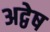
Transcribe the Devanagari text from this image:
अद्वेष